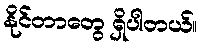
နိုင်တာတွေ ရှိပါတယ်။